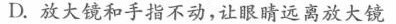
D.放大镜和手指不动，让眼睛远离放大镜